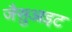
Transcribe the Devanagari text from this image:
जैसुआइट